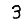
Digit: 3